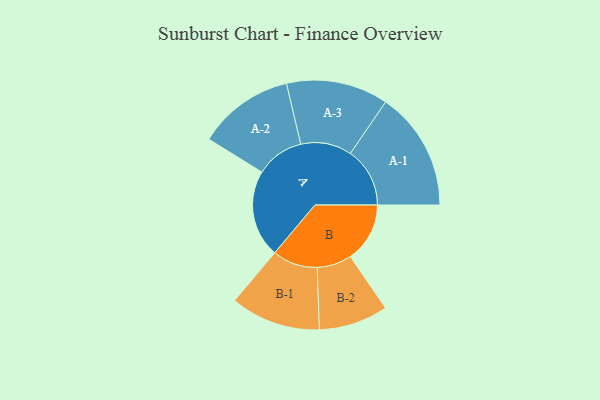
{"axis": {"x": "Segment", "y": "Value"}, "legend": ["", "A", "B"], "data": [{"x": "A", "y": 401, "type": ""}, {"x": "B", "y": 273, "type": ""}, {"x": "A-1", "y": 273, "type": "A"}, {"x": "A-2", "y": 221, "type": "A"}, {"x": "A-3", "y": 234, "type": "A"}, {"x": "B-1", "y": 207, "type": "B"}, {"x": "B-2", "y": 159, "type": "B"}]}